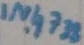
Text: IN4738